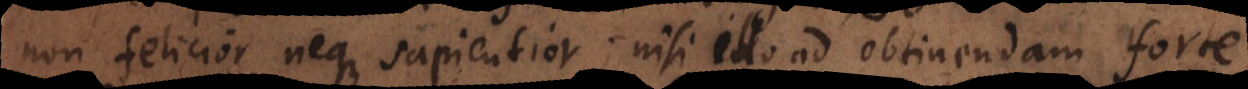
non felicior neque sapientior; nisi illo ad obtinendam forte